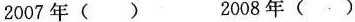
2007年( ) 2008年( )